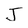
Character: J